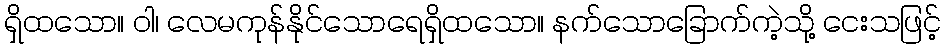
ရှိထသော။ ဝါ၊ လေမကုန်နိုင်သောရေရှိထသော။ နက်သောခြောက်ကဲ့သို့ ငေးသဖြင့်